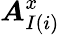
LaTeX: \boldsymbol{A}_{I(i)}^{x}